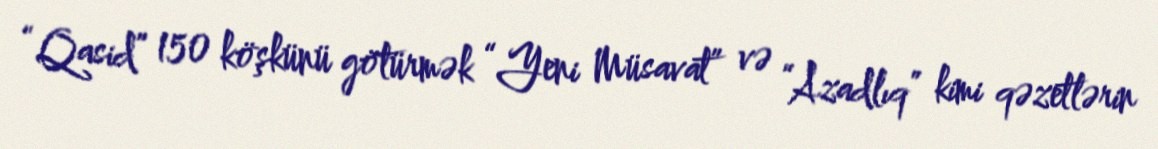
“Qasid” 150 köşkünü götürmək “Yeni Müsavat” və “Azadlıq” kimi qəzetlərin